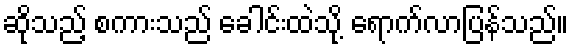
ဆိုသည့် စကားသည် ခေါင်းထဲသို့ ရောက်လာပြန်သည်။